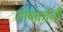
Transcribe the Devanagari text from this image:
शोषकांनी